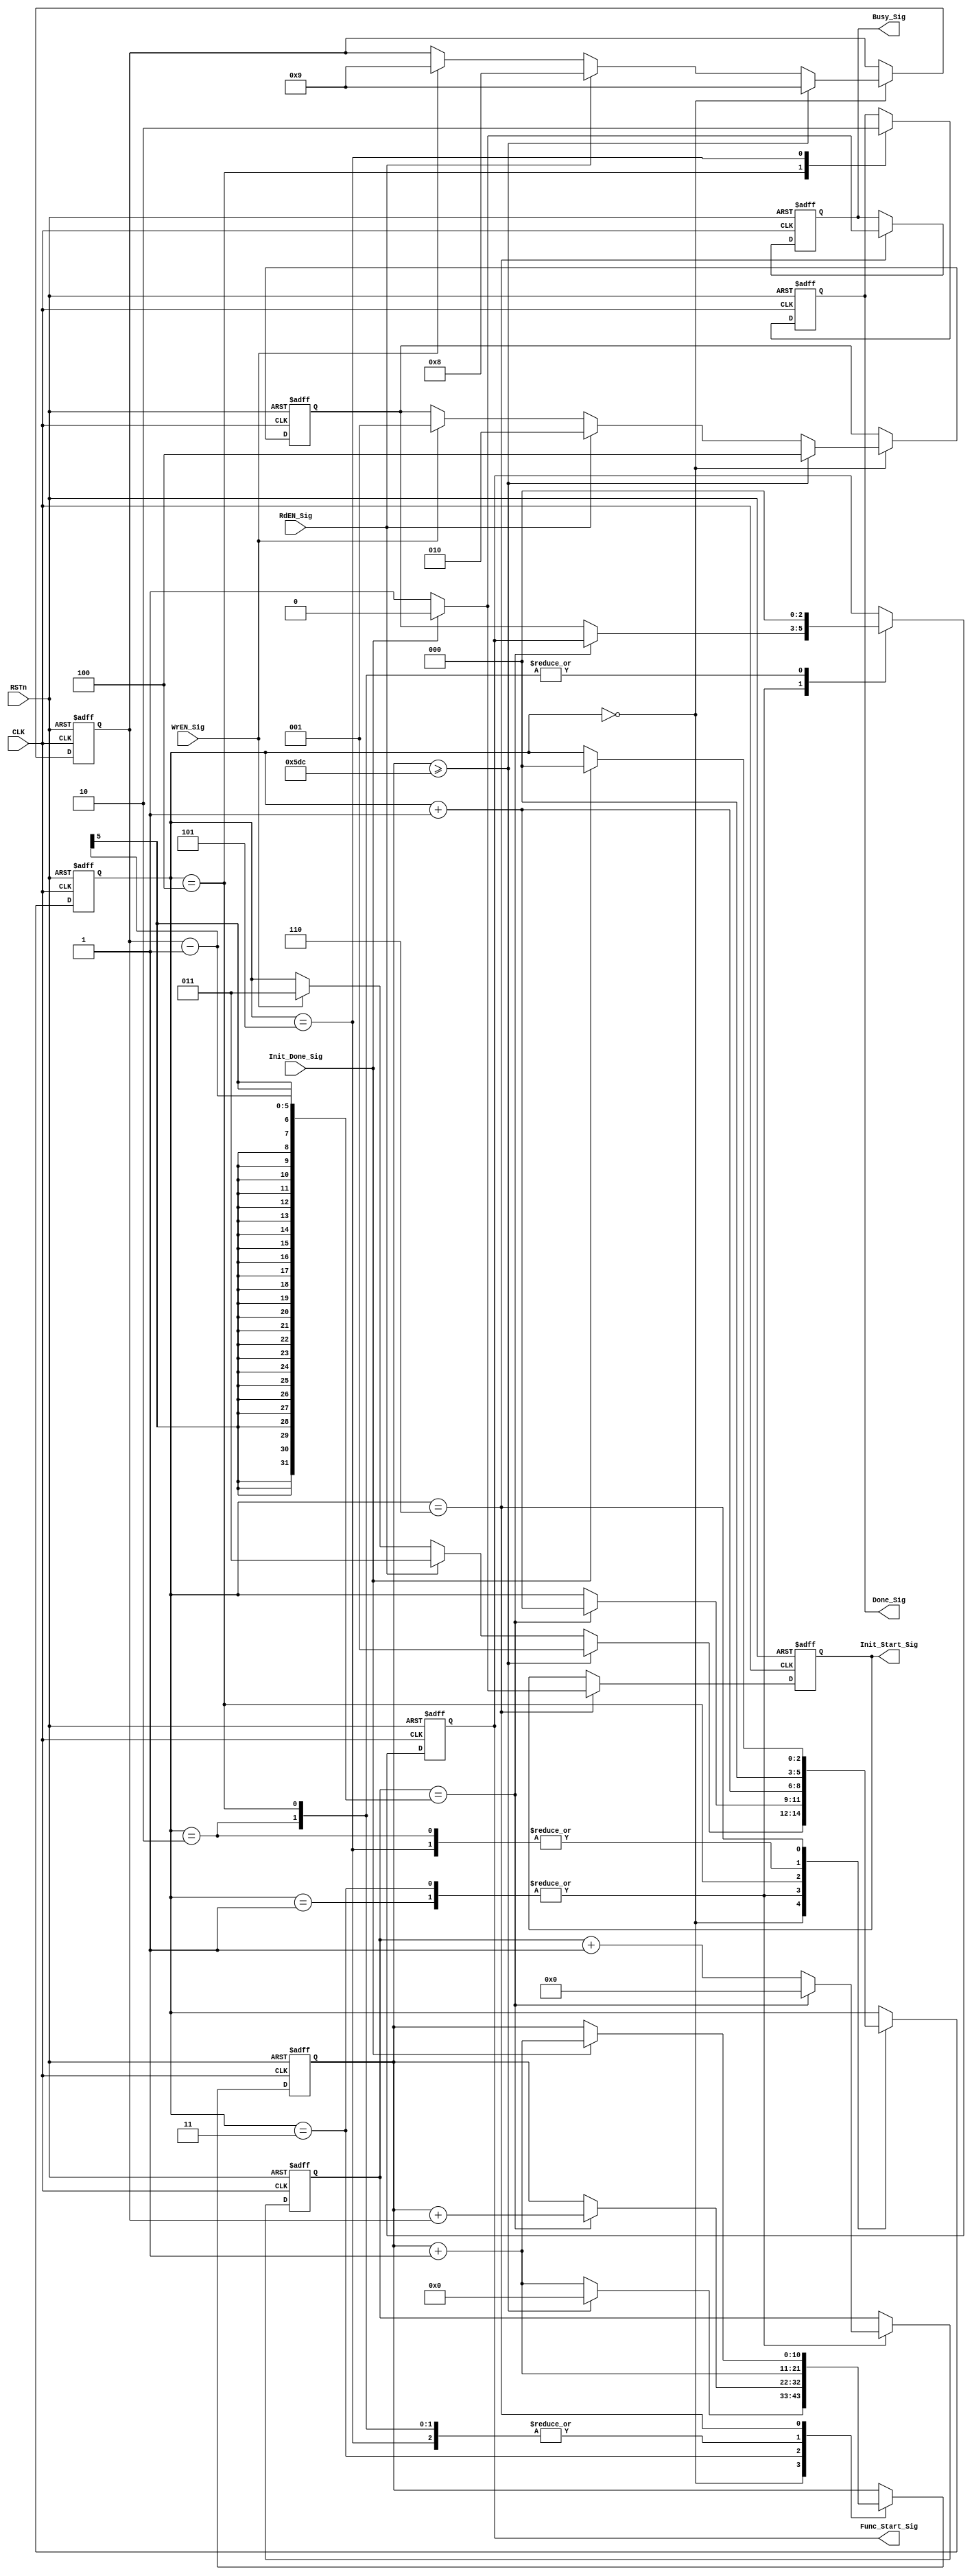
module sdram_control_module
(
	input CLK,
	input RSTn,
	
	input WrEN_Sig,
	input RdEN_Sig,
	output Done_Sig,
	output Busy_Sig,
	
	input Init_Done_Sig,
	output Init_Start_Sig,

	output [2:0]Func_Start_Sig
	
);

   /*********************************/
    	
	parameter T15US = 11'd1500;
	
	/*********************************/
	
	reg [2:0]i;
	reg [10:0]C1;
	reg [4:0]C2;
	reg [4:0]Used;
    reg [2:0]rStart;
	reg [2:0]isStart; //[2] Auto Refresh , [1] Read Action, [0] Write Action
	reg isInit;
	reg isBusy;
	reg isDone;
	
	always @ ( posedge CLK or negedge RSTn )
	    if( !RSTn )
		     begin
		            i <= 3'd6;          // Initial SDRam at first 
		            C1 <= 11'd0;
		            C2 <= 5'd0;
		            Used <= 5'd0;
		            rStart <= 3'b000;
					isStart <= 3'b000;
					isInit <= 1'b0;
					isBusy <= 1'b1;
					isDone <= 1'b0;
			  end
		 else 
		     case( i )
			  
					0: // IDLE state
					if( C1 >= T15US ) begin C1 <= 11'd0; Used <= 5'd9; rStart <= 3'b100; i <= 3'd1; end
				    else if( RdEN_Sig ) begin C1 <= C1 + 1'b1; Used <= 5'd8; rStart <= 3'b010;i <= 3'd3; end 
					else if( WrEN_Sig ) begin C1 <= C1 + 1'b1; Used <= 5'd9; rStart <= 3'b001;i <= 3'd3; end 
                    else begin C1 <= C1 + 1'b1; end

                    /***************************/

					1: // Auto Refresh Done , 9 clock on this step
					if( C2 == Used -1 ) begin C2 <= 5'd0; i <= i + 1'b1; end
				    else begin isStart <= rStart; C2 <= C2 + 1'b1; end
				    
				    2: // 1 clock one this step			
				    begin isStart <= 3'd0; C1 <= C1 + 1'b1; i <= 3'd0; end
				    
				    /***************************/
				    
				    3: // Read and Write Done
					if( C2 == Used -1) begin C2 <= 5'd0; C1 <= C1 + Used; i <= i + 1'b1; end
					else begin isStart <= rStart; C2 <= C2 + 1'b1; end
					
					/***************************************/
					
					4: // Generate Done Signal
					begin isStart <= 3'd0; isDone <= 1'b1; C1 <= C1 + 1'b1; i <= i + 1'b1; end
					
					5: 
					begin isDone <= 1'b0; C1 <= C1 + 1'b1; i <= 3'd0; end
					
					/******************************************/
					
					6: // Initial SDRam using 21 clock
					if( Init_Done_Sig ) begin isBusy <= 1'b0; isInit <= 1'b0; C1 <= C1 + 1'b1; i <= 3'd0; end
				    else begin isBusy <= 1'b1; isInit <= 1'b1; end
					
					/******************************************/
					
			  endcase
			  
	/***************************************/
	
	assign Init_Start_Sig = isInit;
	assign Func_Start_Sig = isStart;
	assign Done_Sig = isDone;
	assign Busy_Sig = isBusy;
	
	/***************************************/
	
endmodule